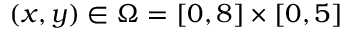
( x , y ) \in \Omega = [ 0 , 8 ] \times [ 0 , 5 ]